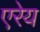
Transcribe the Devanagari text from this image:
एरेय